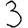
Digit: 3